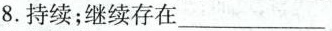
8.持续；继续存在 ___